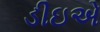
ડીઇએ